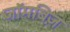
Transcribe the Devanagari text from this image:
जॉमबिज़